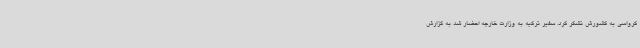
کرواسی به کشورش تشکر کرد. سفیر ترکیه به وزارت خارجه احضار شد به گزارش